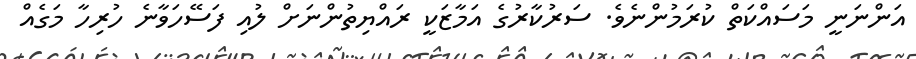
އަންނަނީ މަސައްކަތް ކުރަމުންނެވެ. ސަރުކާރުގެ އަމާޒަކީ ރައްޔިތުންނަށް ލުއި ފަސޭހަވާނެ ހުރިހާ މަގެއް